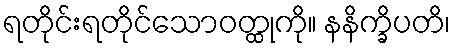
ရတိုင်းရတိုင်သောဝတ္ထုကို။ နနိက္ခိပတိ၊